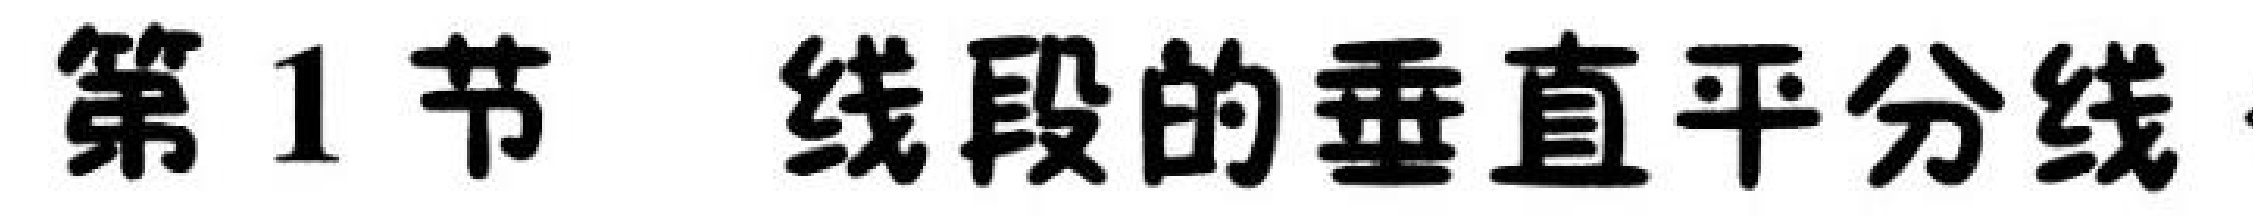
第1节 线段的垂直平分线